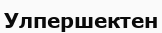
Улпершектен